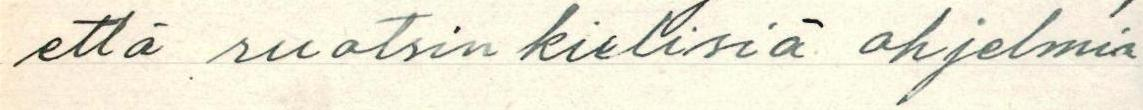
että ruotsin kielisiä ohjelmia